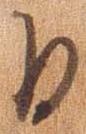
日